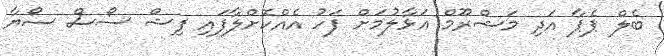
ބެލް ޕެޕާ އަދި މަޝްރޫމް އަޅާލުމަށް ފަހު އެއްކޮށްލާފައި ފިޝް ސޯސް ސޯޔާ